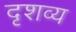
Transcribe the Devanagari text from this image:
दृशव्य